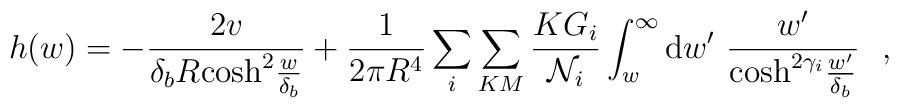
h(w)=-\frac{2v}{\delta_b R{\rm cosh}^2\frac{w}{\delta_b}}	+\frac{1}{2\pi R^4}\sum_i\sum_{KM}	\frac{KG_i}{{\cal N}_i}\int_w^{\infty}{\rm d}w'~		\frac{w'}{{\rm cosh}^{2\gamma_i}\frac{w'}{\delta_b}}~~,